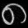
Digit: ၈